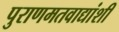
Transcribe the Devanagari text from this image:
पुराणमतवाद्यांशी